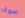
سوف